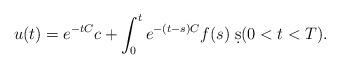
LaTeX: \begin{align*} u(t) = e^{- t C} c + \int_0^t e^{- (t - s) C} f(s) \; \d s (0 < t < T).\end{align*}